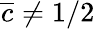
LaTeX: \overline{{c}}\neq 1/2